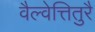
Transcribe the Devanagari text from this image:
वैल्वेत्तितुरै